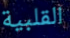
القلبية